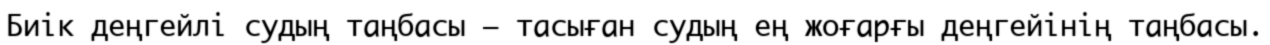
Биік деңгейлі судың таңбасы — тасыған судың ең жоғарғы деңгейінің таңбасы.